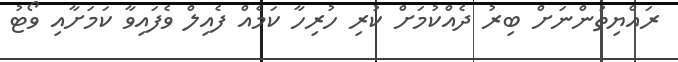
ރައްޔިތުންނަށް ބިރު ދެއްކުމަށް ކުރި ހުރިހާ ކަމެއް ފެއިލް ވެފައިވާ ކަމަށާއި ވޯޓު